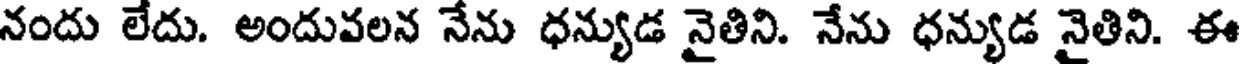
నందు లేదు. అందువలన నేను ధన్యుడ నైతిని. నేను ధన్యుడ నైతిని. ఈ